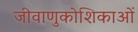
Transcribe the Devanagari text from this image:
जीवाणुकोशिकाओं